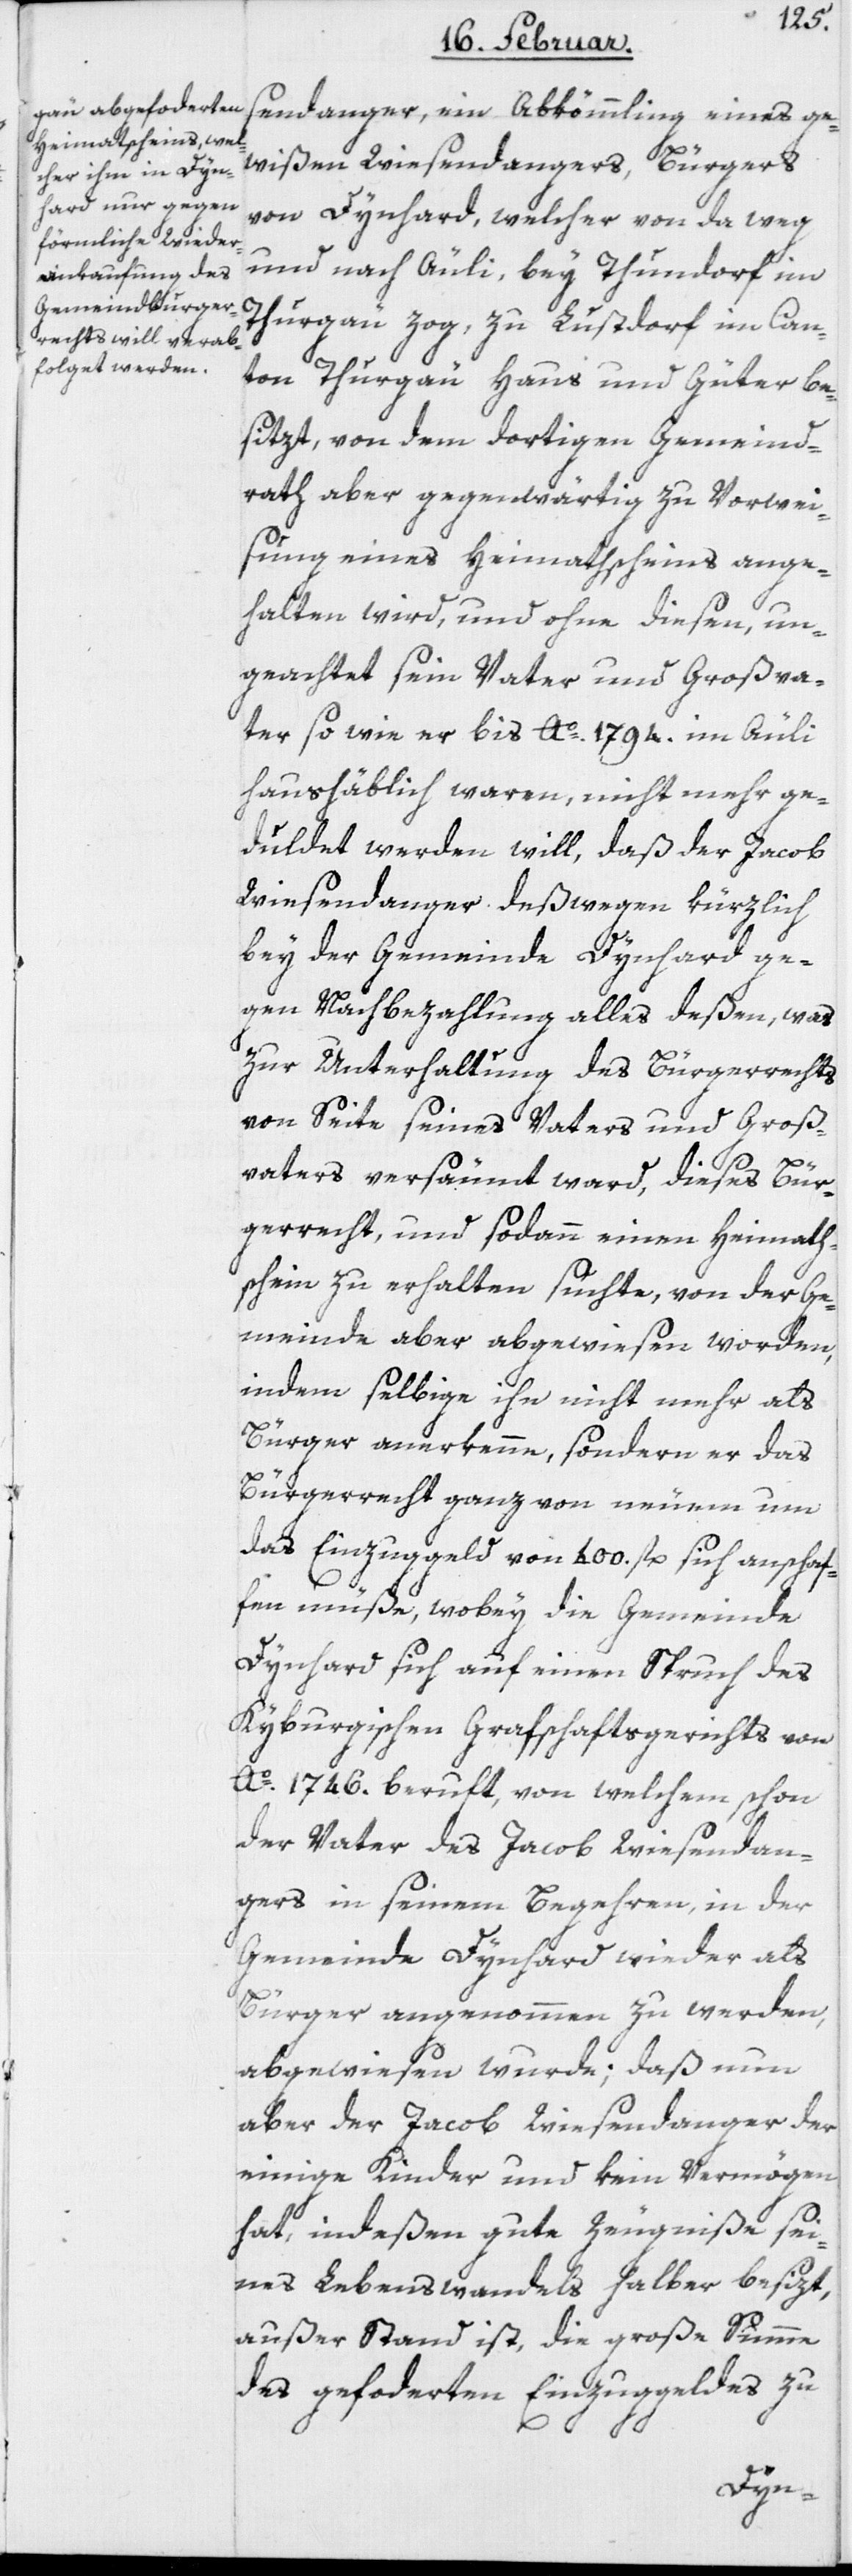
sendanger, ein Abkömmling eines ge¬
wißen Wiesendangers, Bürgers
von Dynhard, welcher von da weg
und nach Äuli, bey Thundorf im
Thurgau zog, zu Lustdorf im Can¬
ton Thurgau Haus und Güter be¬
sitzt, von dem dortigen Gemeind¬
rath aber gegenwärtig zu Vorwei¬
sung eines Heimathscheins ange¬
halten wird, und ohne diesen, un¬
geachtet sein Vater und Großva¬
ter, so wie er bis Ao. 1794. im Äuli
haushäblich waren, nicht mehr ge¬
duldet werden will, daß der Jacob
Wiesendanger deßwegen kürzlich
bey der Gemeinde Dynhard ge¬
gen Nachbezahlung alles deßen, was
zur Unterhaltung des Bürgerrechts
von Seite seines Vaters und Groß¬
vaters versäumt ward, dieses Bür¬
gerrecht, und sodann einen Heimath¬
schein zu erhalten suchte, von der Ge¬
meinde aber abgewiesen worden,
indem selbige ihn nicht mehr als
Bürger anerkenne, sondern er das
Bürgerrecht ganz von neuem um
das Einzuggeld von 400. fl. sich anschaf¬
fen müße, wobey die Gemeinde
Dynhard sich auf einen Spruch des
Kyburgischen Grafschaftsgerichts von
Ao. 1746. beruft, von welchem schon
der Vater des Jacob Wiesendan¬
gers in seinem Begehren, in der
Gemeinde Dynhard wieder als
Bürger angenommen zu werden,
abgewiesen wurde; daß nun
aber der Jacob Wiesendanger der
einige Kinder und kein Vermögen
hat, indeßen gute Zeugniße sei¬
nes Lebenswandels halber besizt,
außer Stand ist, die große Summe
des geforderten Einzuggeldes zu